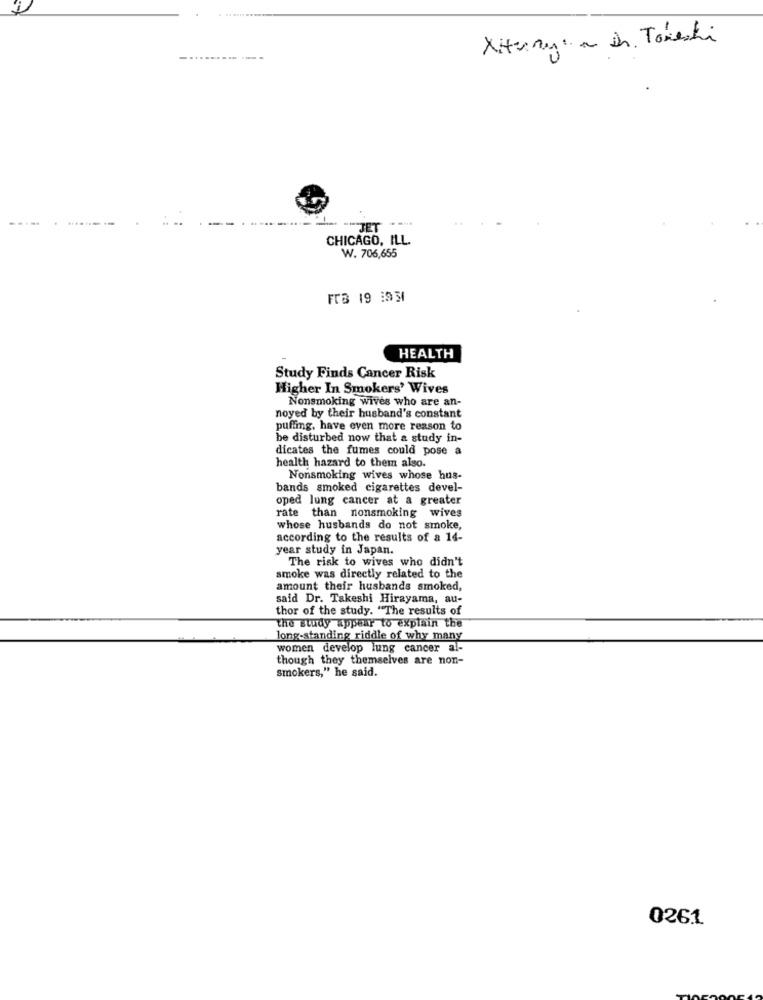
Xiaomi a Dh. Tonesti
--
"JET
CHICAGO, ILL.
W. 706,655
FrB 19 :9 31
HEALTH
Study Finds Cancer Risk
Higher In Smokers' Wives
Nonsmoking wives who are an-
noyed by their husband's constant
puffing, have even more reason to
be disturbed now that a study in-
dicates the fumes could pose a
health hazard to them also.
Nonsmoking wives whose hus-
bands smoked cigarettes devel-
oped lung cancer at a greater
rate than nonsmoking wives
whose husbands do not smoke,
according to the results of a 14-
year study in Japan.
The risk to wives who didn't
smoke was directly related to the
amount their husbands smoked,
said Dr. Takeshi Hirayama, au-
thor of the study. "The results of
the study appear to explain the
long-standing riddle of why many
women develop lung cancer al-
though they themselves are non-
smokers," he said.
0261